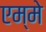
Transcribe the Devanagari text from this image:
एम्मे